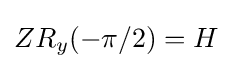
ZR_{y}(-\pi /2)=H